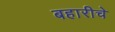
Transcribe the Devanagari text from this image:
बहारीचे